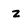
Character: z